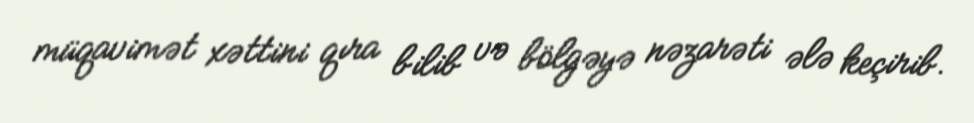
müqavimət xəttini qıra bilib və bölgəyə nəzarəti ələ keçirib.